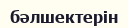
бәлшектерін